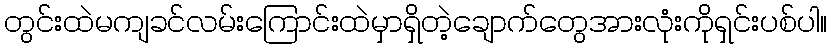
တွင်းထဲမကျခင်လမ်းကြောင်းထဲမှာရှိတဲ့ချောက်တွေအားလုံးကိုရှင်းပစ်ပါ။